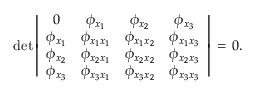
\operatorname * { d e t } \left| \begin{array} { c c c c } { { 0 } } & { { \phi _ { x _ { 1 } } } } & { { \phi _ { x _ { 2 } } } } & { { \phi _ { x _ { 3 } } } } \\ { { \phi _ { x _ { 1 } } } } & { { \phi _ { x _ { 1 } x _ { 1 } } } } & { { \phi _ { x _ { 1 } x _ { 2 } } } } & { { \phi _ { x _ { 1 } x _ { 3 } } } } \\ { { \phi _ { x _ { 2 } } } } & { { \phi _ { x _ { 2 } x _ { 1 } } } } & { { \phi _ { x _ { 2 } x _ { 2 } } } } & { { \phi _ { x _ { 2 } x _ { 3 } } } } \\ { { \phi _ { x _ { 3 } } } } & { { \phi _ { x _ { 3 } x _ { 1 } } } } & { { \phi _ { x _ { 3 } x _ { 2 } } } } & { { \phi _ { x _ { 3 } x _ { 3 } } } } \end{array} \right| \, = \, 0 .